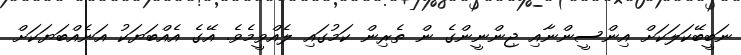
ނަބީބޭކަލަކަށް އިންސީންނާއި ޖިންނީންގެ ން ތެރިން ކަމުގައި ލެއްވީމެވެ. އޭގެ އެއްބަޔަކު އަނެއްބަޔަކަށް